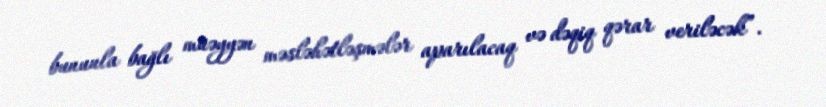
bununla bağlı müəyyən məsləhətləşmələr aparılacaq və dəqiq qərar veriləcək”.